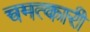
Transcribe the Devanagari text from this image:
चमत्‍कारी